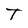
Character: T